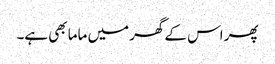
پھر اس کے گھر میں ماما بھی ہے۔